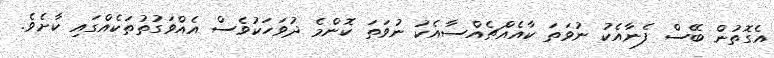
އެގޮތުން ބޭސް ފެނާއެކު ނުވަތަ ކާއެއްޗެއްސާއެކު ނުވަތަ ކޮންމެ ދުވަހަކުވެސް އެއްވަގުތުތަކެއްގައި ކާށެވެ.